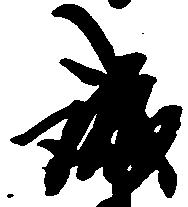
誠